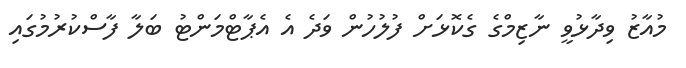
މުއާޒު ވިދާޅުވީ ނާޒިމްގެ ގެކޮޅަށް ފުލުހުން ވަދެ އެ އެޕާޓްމަންޓު ބަލާ ފާސްކުރުމުގައި